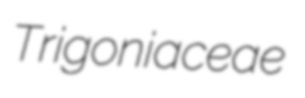
Trigoniaceae